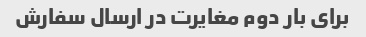
برای بار دوم مغایرت در ارسال سفارش